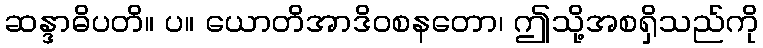
ဆန္ဒာဓိပတိ။ ပ။ ယောတိအာဒိဝစနတော၊ ဤသို့အစရှိသည်ကို